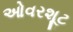
ઓવરશૂટ